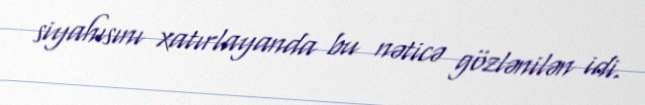
siyahısını xatırlayanda bu nəticə gözlənilən idi.